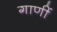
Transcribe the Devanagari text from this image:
गाणीं